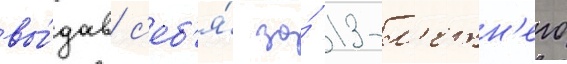
вы́дав с'еб'я́ за́ 13-л'етн'его